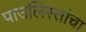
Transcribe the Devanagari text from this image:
पाउलिस्तांचा